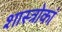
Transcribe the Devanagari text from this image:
शास्त्रोकां